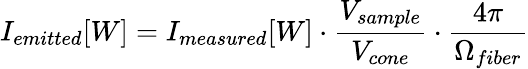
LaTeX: I_{emitted}[W]=I_{measured}[W]\cdot\frac{V_{sample}}{V_{cone}}\cdot\frac{4\pi}{\Omega_{fiber}}